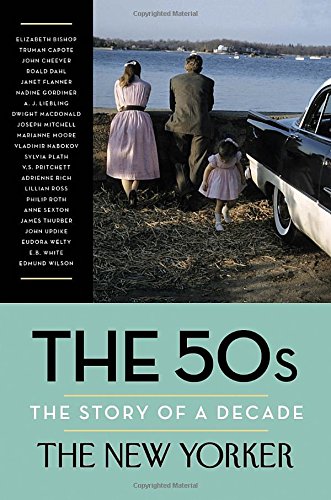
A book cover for The 50s: The Story of a Decade; The New Yorker Magazine; Literature & Fiction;